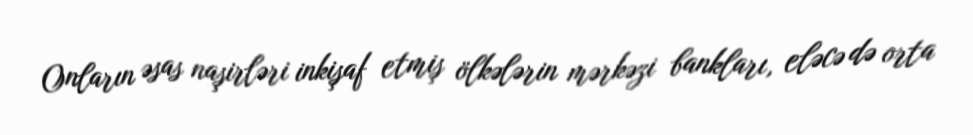
Onların əsas naşirləri inkişaf etmiş ölkələrin mərkəzi bankları, eləcə də orta